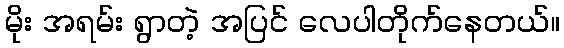
မိုး အရမ်း ရွာတဲ့ အပြင် လေပါတိုက်နေတယ်။